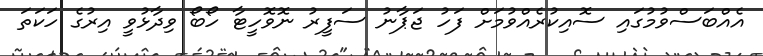
އެއްބަސްވުމުގައި ސޮއިކުރެއްވުމަށް ފަހު ޖަޕާނު ސަފީރު ނޮވޮހީޓާ ހޯބޯ ވިދާޅުވީ އިރުގެ ހަކަތަ